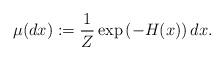
LaTeX: \begin{align*}\mu(dx) : = \frac{1}{Z} \exp\left(-H(x)\right)dx.\end{align*}